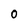
Character: 0